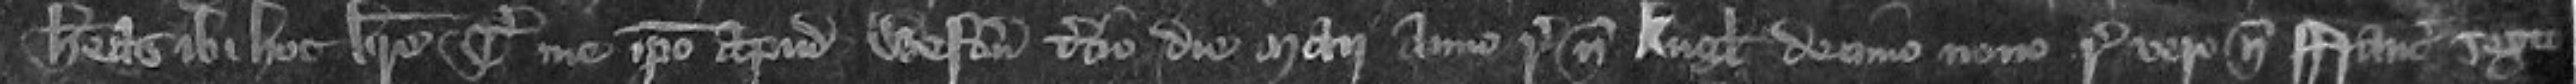
habeas ibi hoc breve Teste me ipso apud Westmonasterium tertio die Maii anno regni nostri Anglie decimo nono regni vero nostri Francie sexto